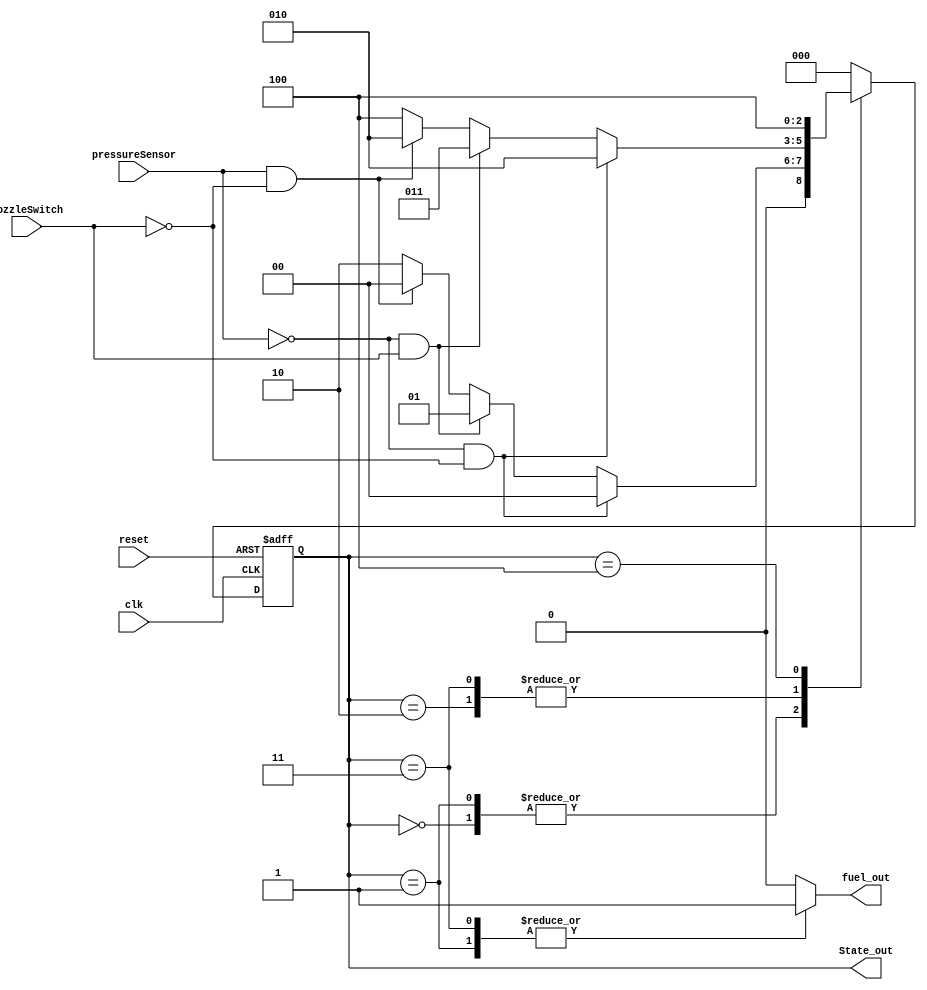

module gasPumpContronller_Moore (
  input clk,
  input reset,
  input nozzleSwitch, pressureSensor,
  output reg fuel_out,
  output [2:0] State_out
  );

  // State Variable Declaration
  reg [2:0] present_state = 3'b000;
  reg [2:0] next_state = 3'b000;

  // Binary assignment
  parameter[2:0]
    State_0 = 3'b000,
    State_1 = 3'b001,
    State_2 = 3'b010,
    State_3 = 3'b011,
    State_4 = 3'b100;

// Output present state binary
assign State_out = present_state;

// Register generation (D flip flops)
always @(posedge clk or posedge reset)
  begin : register_generation
    if (reset)
    present_state <= State_0;
    else
    present_state <= next_state;
  end

// Next State Logic
always @(present_state or nozzleSwitch or pressureSensor)
  begin : next_state_logic
    // Default state assignment; use don't cares
    next_state <= 2'bx;
    // Default output assignment
    fuel_out <= 0;

    case (present_state)
      State_0:
        begin
          // List all input conditions
          if (!pressureSensor & !nozzleSwitch)
            next_state <= State_0;
          else if (!pressureSensor & nozzleSwitch)
            next_state <= State_1;
          else if (pressureSensor & !nozzleSwitch)
            next_state <= State_0;
          else next_state <= State_2;
          // Assign output
          fuel_out <= 0;
        end
      State_1:
        begin
          // List all input conditions
          if (!pressureSensor & !nozzleSwitch)
            next_state <= State_0;
          else if (!pressureSensor & nozzleSwitch)
            next_state <= State_1;
          else if (pressureSensor & !nozzleSwitch)
            next_state <= State_0;
          else next_state <= State_2;
          // Assign output
          fuel_out <= 1;
        end
      State_2:
        begin
          // List all input conditions
          if (!pressureSensor & !nozzleSwitch)
            next_state <= State_2;
          else if (!pressureSensor & nozzleSwitch)
            next_state <= State_3;
          else if (pressureSensor & !nozzleSwitch)
            next_state <= State_2;
          else next_state <= State_4;
          // Assign output
          fuel_out <= 0;
        end
      State_3:
        begin
          // List all input conditions
          if (!pressureSensor & !nozzleSwitch)
            next_state <= State_2;
          else if (!pressureSensor & nozzleSwitch)
            next_state <= State_3;  // this is different than state diagram
          else if (pressureSensor & !nozzleSwitch)      // this is different than state diagram
            next_state <= State_2;
          else next_state <= State_4;
          // Assign output
          fuel_out <= 1;
        end
      State_4:
        begin
          // List all input conditions
          if (!pressureSensor & !nozzleSwitch)
            next_state <= State_4;
          else if (!pressureSensor & nozzleSwitch)
            next_state <= State_4;
          else if (pressureSensor & !nozzleSwitch)
            next_state <= State_4;
          else next_state <= State_4;
            // Assign output
            fuel_out <= 0;
        end

      default:
        next_state <= State_0; // necessary to prevent warnings about uncovered states
    endcase

  end

endmodule